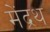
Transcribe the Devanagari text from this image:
मेंद्रथ